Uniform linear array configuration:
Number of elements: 12
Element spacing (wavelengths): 0.25
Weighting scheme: kaiser
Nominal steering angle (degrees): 30
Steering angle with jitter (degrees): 29.521
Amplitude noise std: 0.05
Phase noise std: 0.05

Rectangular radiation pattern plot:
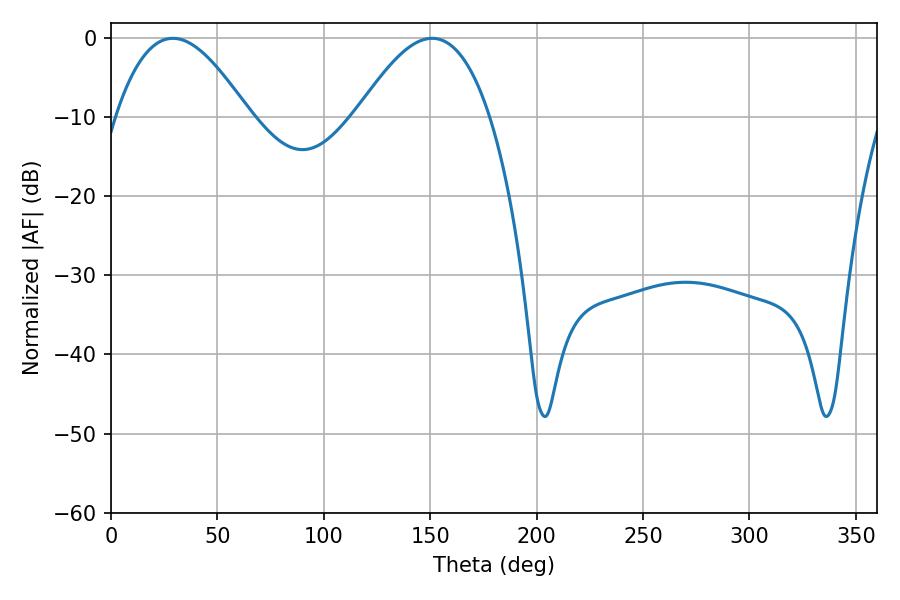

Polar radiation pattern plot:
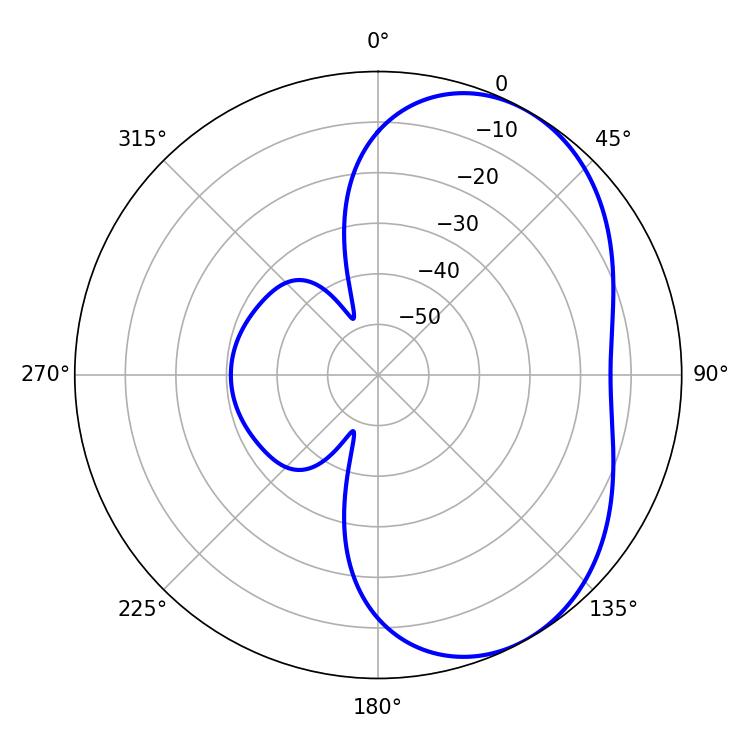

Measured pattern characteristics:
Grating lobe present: FALSE
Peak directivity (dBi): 4.638
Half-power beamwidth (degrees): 34.02
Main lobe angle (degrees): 29.16